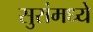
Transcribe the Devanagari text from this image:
सुरांमध्ये